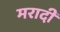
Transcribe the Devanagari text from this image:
मरादी